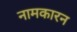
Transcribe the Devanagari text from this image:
नामकारन